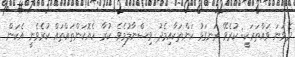
ދެވަނަ ވައްތަރަކީ: ކުރެވޭ ރަނގަޅު ކަންތަކާއިމެދު ވިސްނާލުމެވެ. ކުރާ ހެޔޮކަންތައްތައް ކުރެވެނީ އެކަން